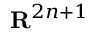
\mathbf { R } ^ { 2 n + 1 }